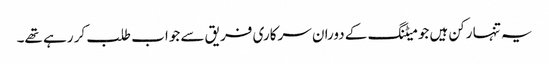
یہ تنہا رکن ہیں جو میٹنگ کے دوران سرکاری فریق سے جواب طلب کر رہے تھے۔